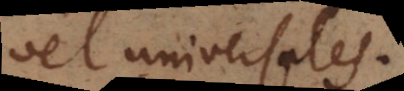
vel universales